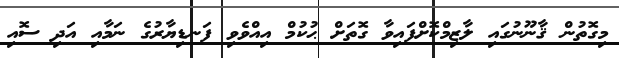
މިގޮތުން ޤާނޫނުގައި ލާޒިމްކޮށްފައިވާ ގޮތަށް ޙުކުމް އިއްވެވި ފަނޑިޔާރުގެ ނަމާއި އަދި ސޮއި